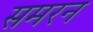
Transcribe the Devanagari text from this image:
समरन